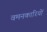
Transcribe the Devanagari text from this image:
वमनकारियों